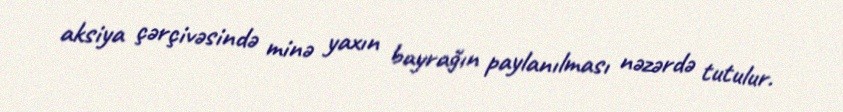
aksiya çərçivəsində minə yaxın bayrağın paylanılması nəzərdə tutulur.